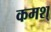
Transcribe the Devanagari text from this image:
कमश्